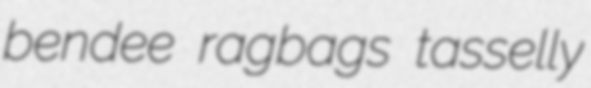
bendee ragbags tasselly